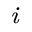
_ { \mathrm { ~ \it ~ \/ ~ i ~ \/ ~ } }